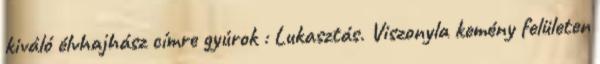
kiváló élvhajhász címre gyúrok : Lukasztás. Viszonyla kemény felületen